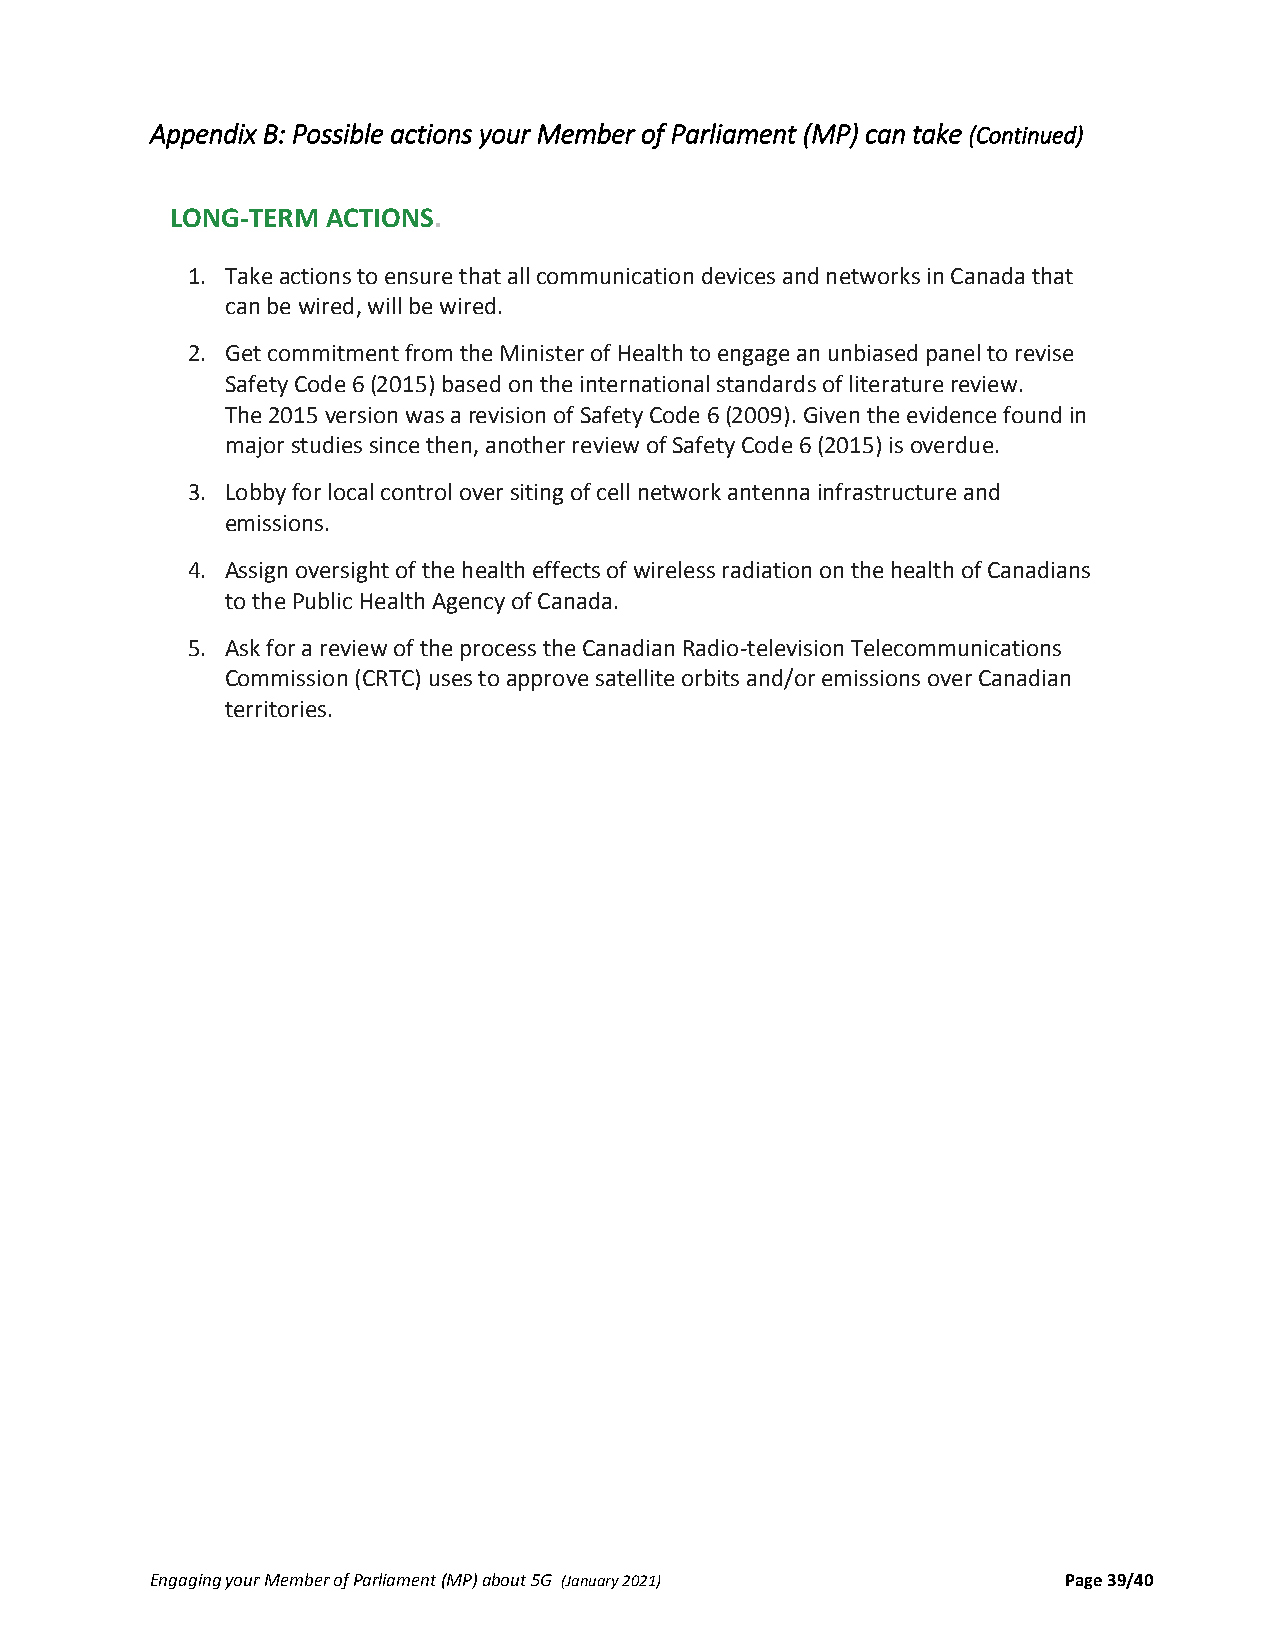
Appendix B: Possible actions your Member of Parliament (MP) can take (Continued)
 LONG‐TERM  ACTIONS.
 1. Take actions to ensure that all communication devices and networks in Canada that
 can be wired, will be wired.
 2. Get commitment from the Minister of Health to engage an unbiased panel to revise
 Safety Code 6 (2015) based on the international standards of literature review.
 The 2015 version was a revision of Safety Code 6 (2009). Given the evidence found in
 major studies since then, another review of Safety Code 6 (2015) is overdue.
 3. Lobby for local control over siting of cell network antenna infrastructure and
 emissions.
 4. Assign oversight of the health effects of wireless radiation on the health of Canadians
 to the Public Health Agency of Canada.
 5. Ask for a review of the process the Canadian Radio‐television Telecommunications
 Commission (CRTC) uses to approve satellite orbits and/or emissions over Canadian
 territories.
 Engaging your Member of Parliament (MP) about 5G (January 2021) Page 39/40